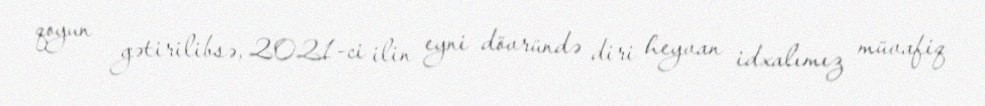
qoyun gətirilibsə, 2021-ci ilin eyni dövründə diri heyvan idxalımız müvafiq